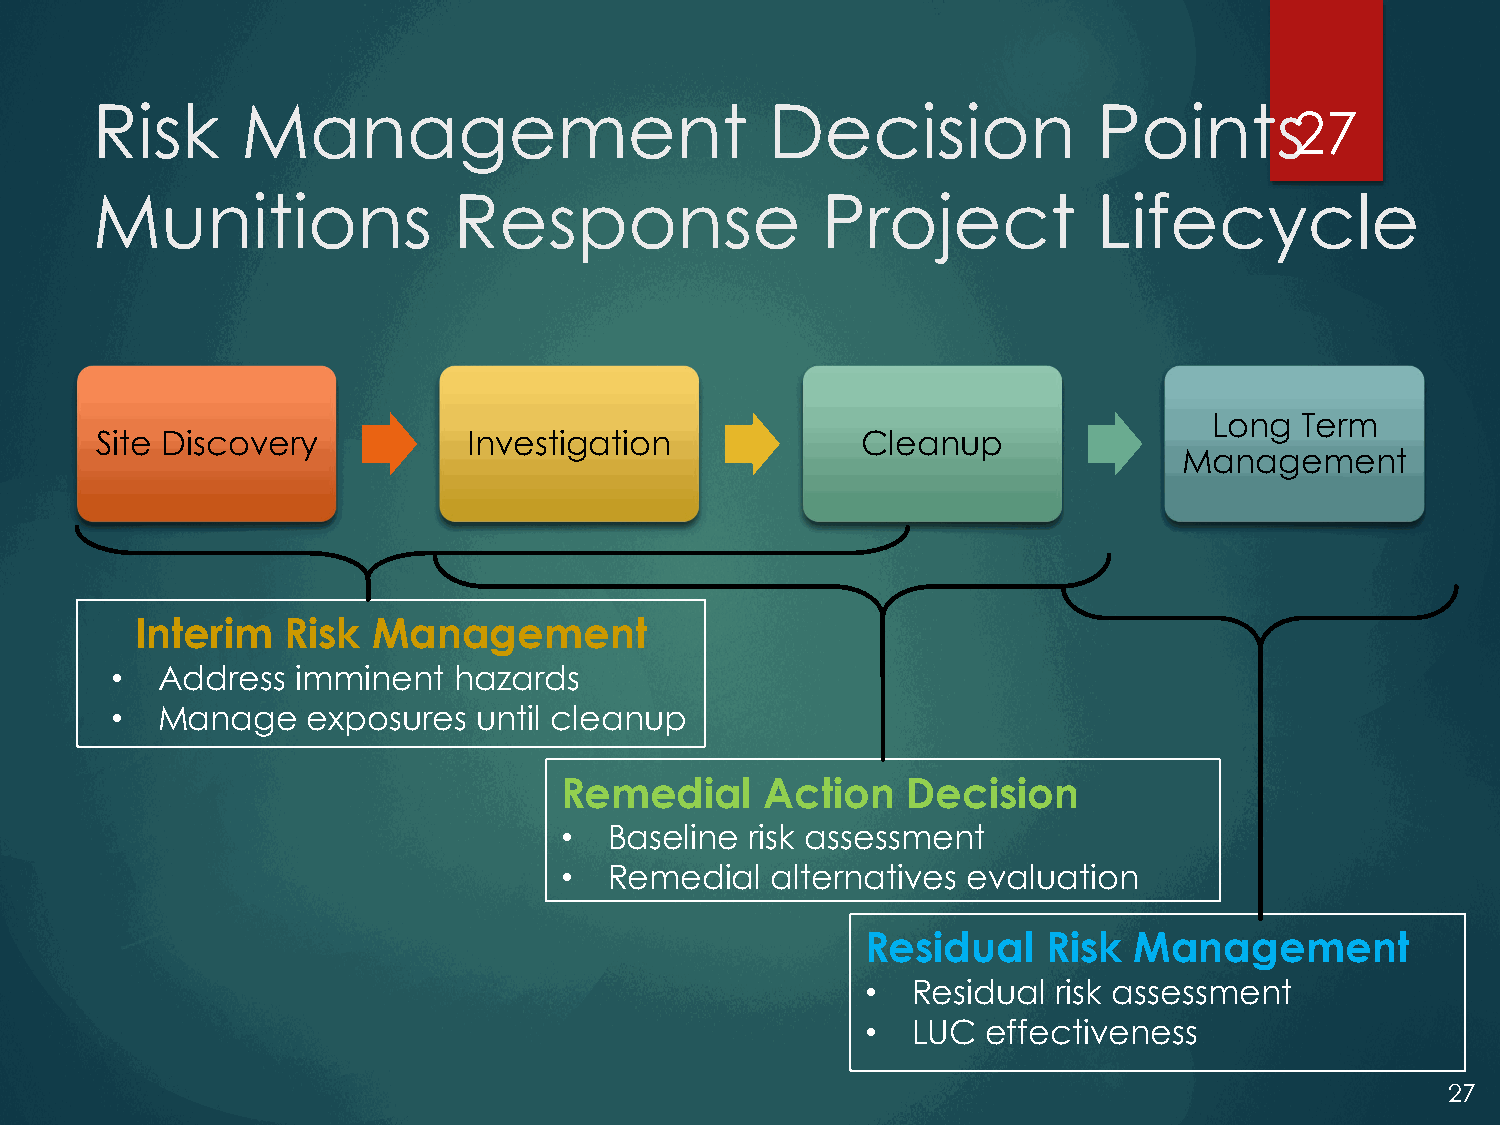
Risk      Management                         Decision              Points
 27
 Munitions               Response                Project            Lifecycle
 Long  Term
 Site Discovery           Investigation             Cleanup
 Management
 Interim   Risk  Management
 •  Address   imminent  hazards
 •  Manage    exposures   until cleanup
 Remedial      Action   Decision
 •  Baseline  risk assessment
 •  Remedial   alternatives evaluation
 Residual    Risk  Management
 •  Residual  risk assessment
 •  LUC  effectiveness
 27